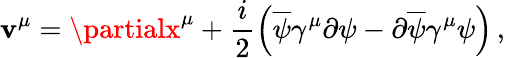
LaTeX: \mathbf{v}^{\mu}=\partialx^{\mu}+\frac{{i}}{{2}}\left(\overline{{{{\psi}}}}\gamma^{\mu}\partial\psi-\partial\overline{{{{\psi}}}}\gamma^{\mu}\psi\right)\, ,